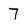
Character: 7